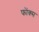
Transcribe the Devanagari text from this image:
फोंक्स